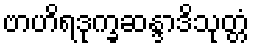
ဗာဟိရဒုက္ခဆန္ဒာဒိသုတ္တံ